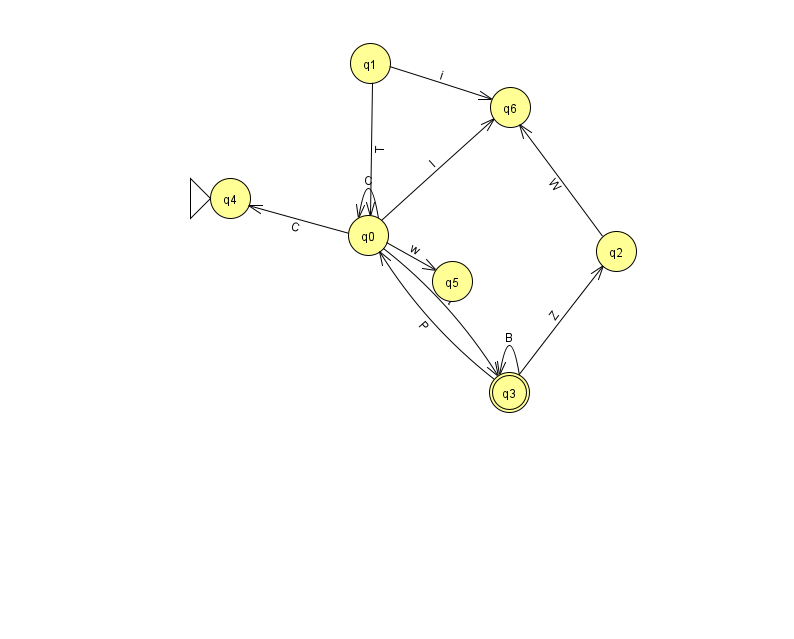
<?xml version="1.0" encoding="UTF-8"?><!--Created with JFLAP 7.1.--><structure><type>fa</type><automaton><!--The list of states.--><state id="0" name="q0"><x>368.0</x><y>222.0</y></state><state id="1" name="q1"><x>370.0</x><y>50.0</y></state><state id="2" name="q2"><x>616.0</x><y>238.0</y></state><state id="3" name="q3"><x>509.0</x><y>379.0</y><final/></state><state id="4" name="q4"><x>230.0</x><y>185.0</y><initial/></state><state id="5" name="q5"><x>452.0</x><y>268.0</y></state><state id="6" name="q6"><x>510.0</x><y>94.0</y></state><!--The list of transitions.--><transition><from>1</from><to>6</to><read>i</read></transition><transition><from>3</from><to>3</to><read>B</read></transition><transition><from>0</from><to>0</to><read>C</read></transition><transition><from>0</from><to>4</to><read>C</read></transition><transition><from>3</from><to>2</to><read>Z</read></transition><transition><from>2</from><to>6</to><read>W</read></transition><transition><from>0</from><to>5</to><read>w</read></transition><transition><from>0</from><to>3</to><read>t</read></transition><transition><from>1</from><to>0</to><read>T</read></transition><transition><from>0</from><to>6</to><read>I</read></transition><transition><from>3</from><to>0</to><read>P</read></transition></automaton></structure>